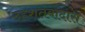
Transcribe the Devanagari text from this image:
दहशतवादास